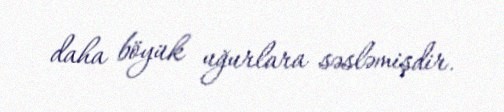
daha böyük uğurlara səsləmişdir.